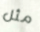
مثل